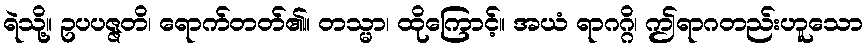
ရဲသို့။ ဥပပဇ္ဇတိ၊ ရောက်တတ်၏။ တသ္မာ၊ ထိုကြောင့်။ အယံ ရာဂဂ္ဂိ၊ ဤရာဂတည်းဟူသော